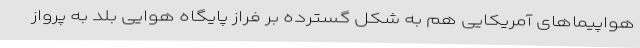
هواپیماهای آمریکایی هم به شکل گسترده بر فراز پایگاه هوایی بلد به پرواز